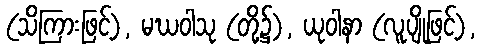
(သိကြားဖြင့်), မဃဝါသု (တို့၌), ယုဝါနာ (လူပျိုဖြင့်),